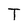
Character: T